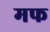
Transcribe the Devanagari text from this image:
मफ